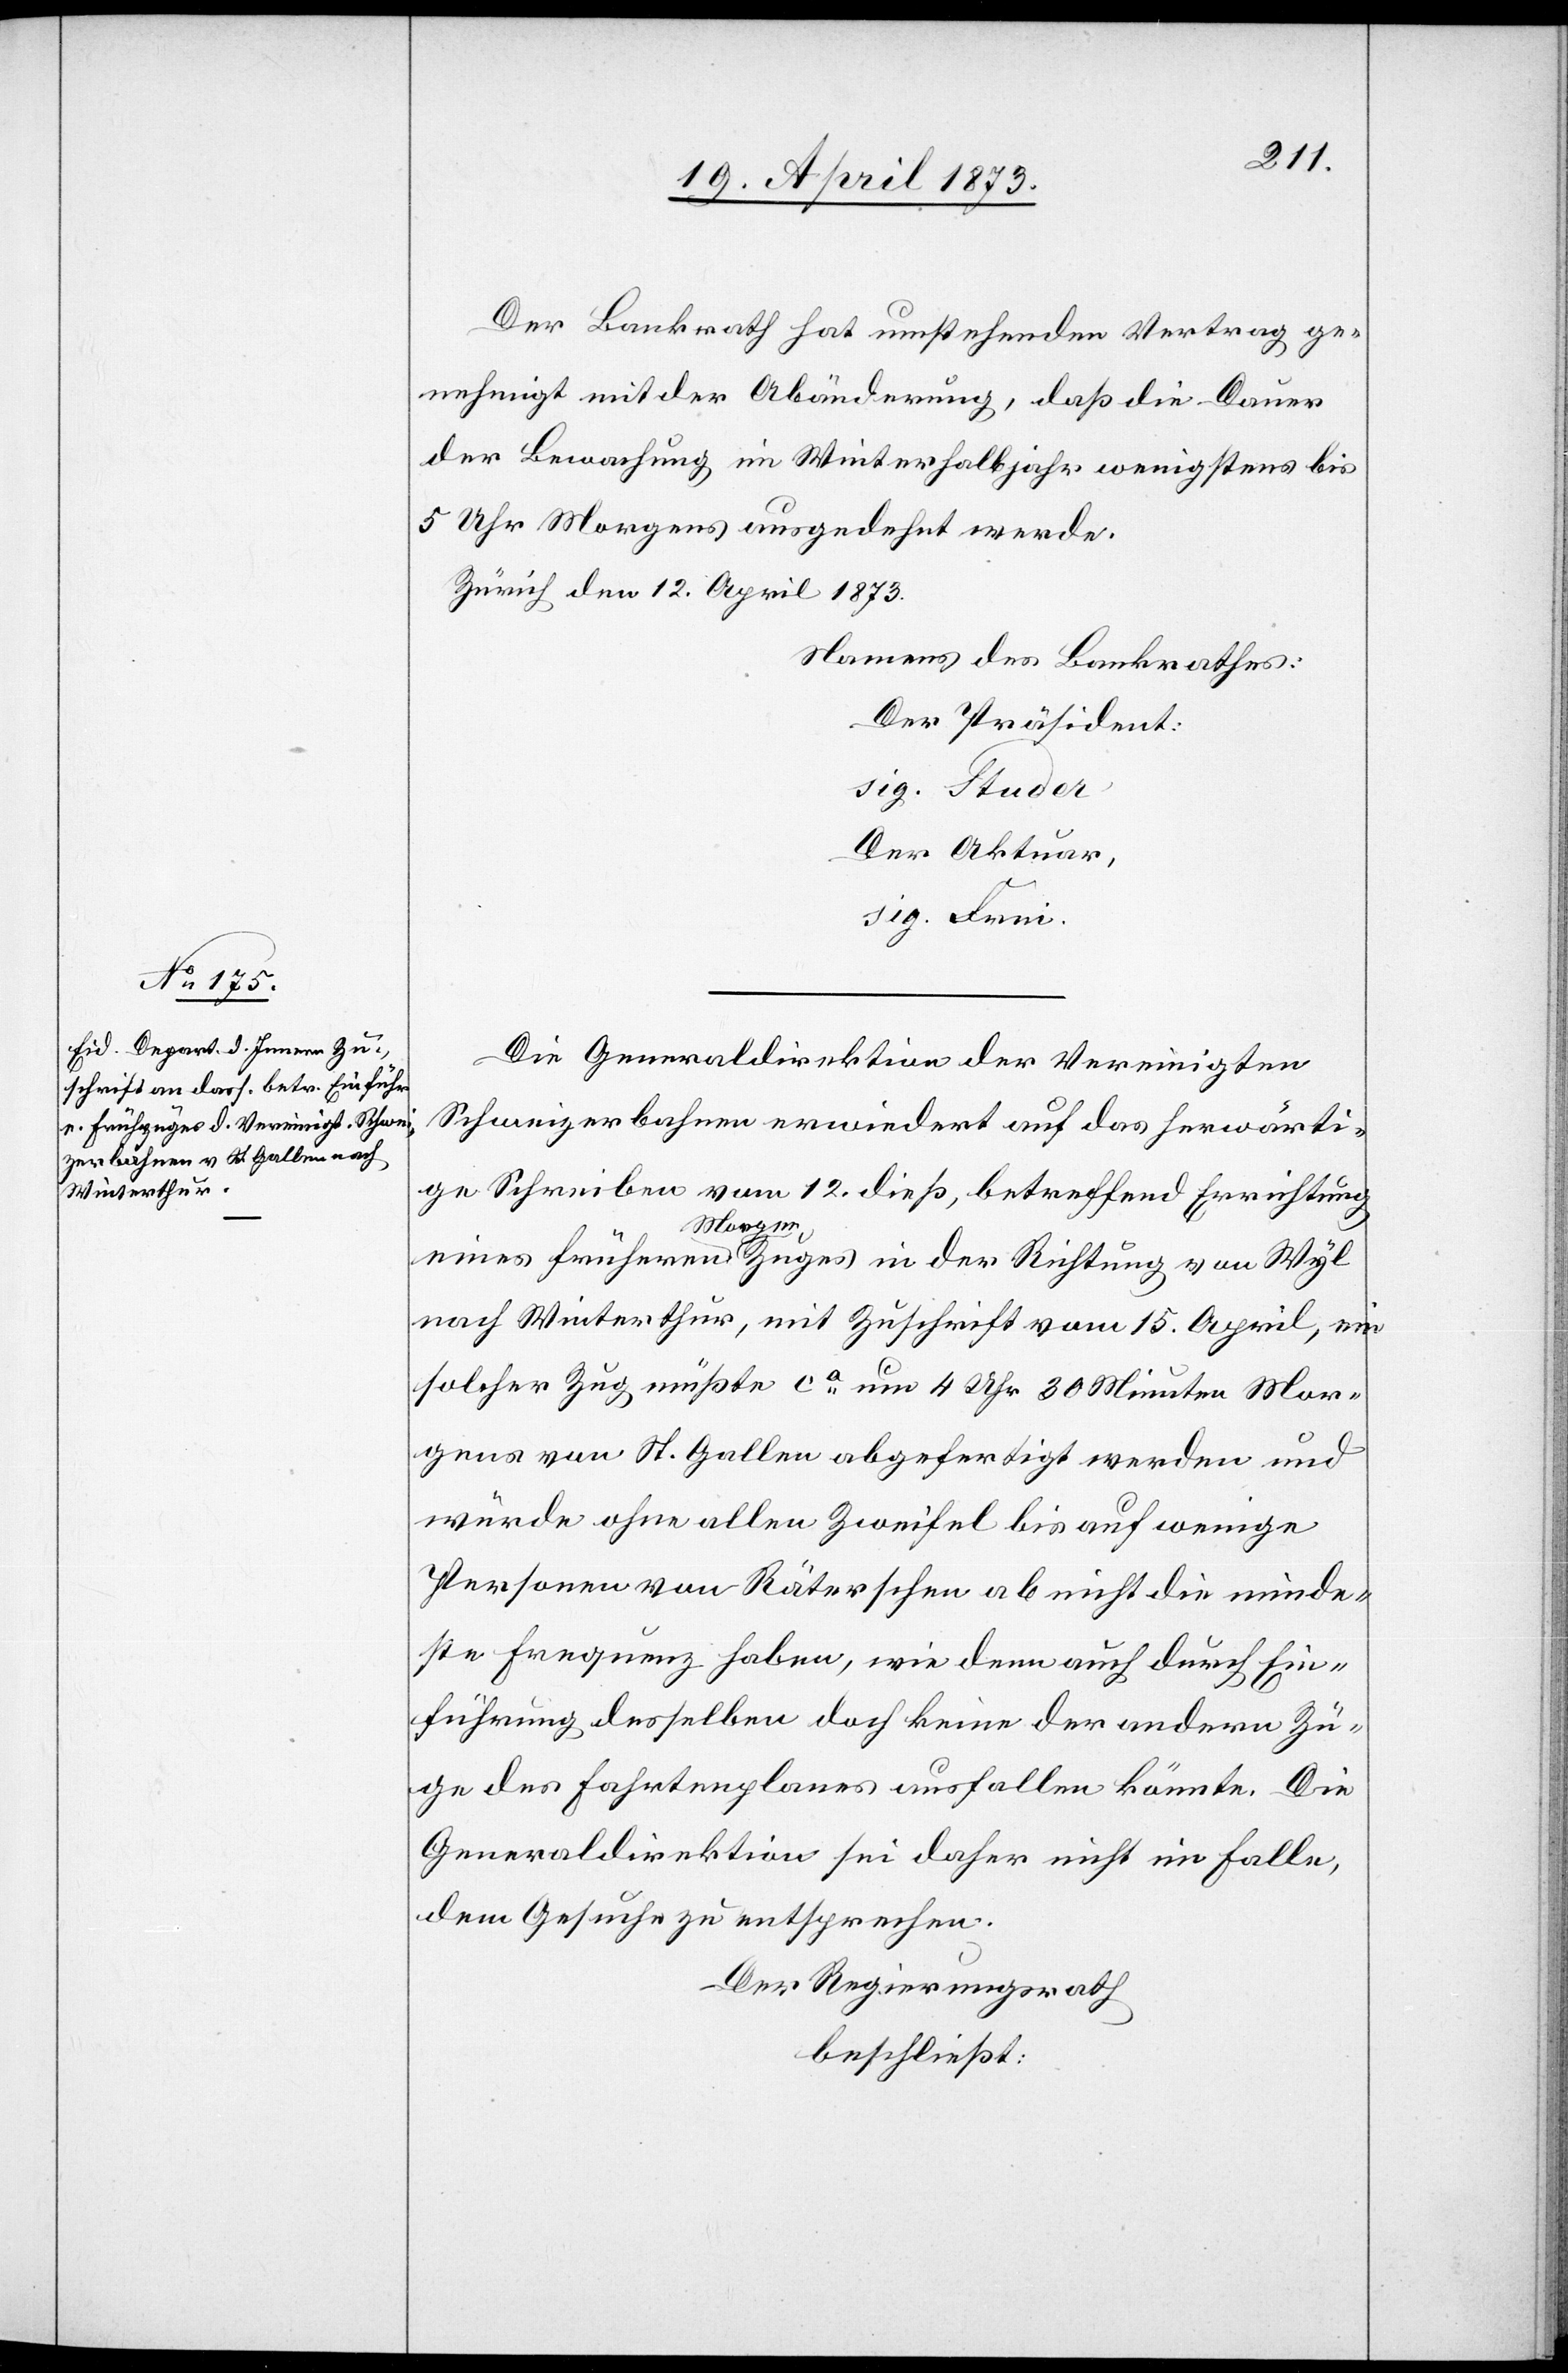
Der Bankrath hat umstehenden Vertrag ge¬
nehmigt mit der Abänderung, daß die Dauer
der Bewachung im Winterhalbjahr wenigstens bis
5 Uhr Morgens ausgedehnt werde.
Zürich den 12. April 1873
Namens des Bankrathes:
Der Präsident:
sig. Studer
Der Aktuar,
sig. Frei.
c!].
Die Generaldirektion der Vereinigten
Schweizerbahnen erwiedert auf das herwärti¬
ge Schreiben vom 12. dieß, betreffend Errichtung
eines früheren Morgen Zuges in der Richtung von Wyl
nach Winterthur, mit Zuschrift vom 15. April, ein
solcher Zug müßte ca um 4 Uhr 30 Minuten Mor¬
gens von St. Gallen abgefertigt werden und
würde ohne allen Zweifel bis auf wenige
Personen von Räterschen ab nicht die minde¬
ste Frequenz haben, wie denn auch durch Ein¬
führung desselben doch keine der andern Zü¬
ge des Fahrtenplanes ausfallen könnte [si¬
Generaldirektion sei daher nicht im Falle,
dem Gesuche zu entsprechen.
Der Regierungsrath
beschließt: